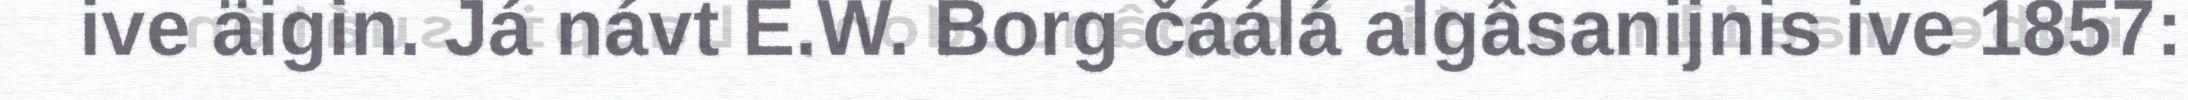
ive äigin. Já návt E.W. Borg čáálá algâsanijnis ive 1857: